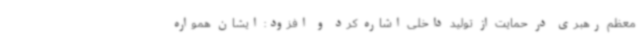
معظم رهبری در حمایت از تولید داخلی اشاره کرد و افزود: ایشان همواره